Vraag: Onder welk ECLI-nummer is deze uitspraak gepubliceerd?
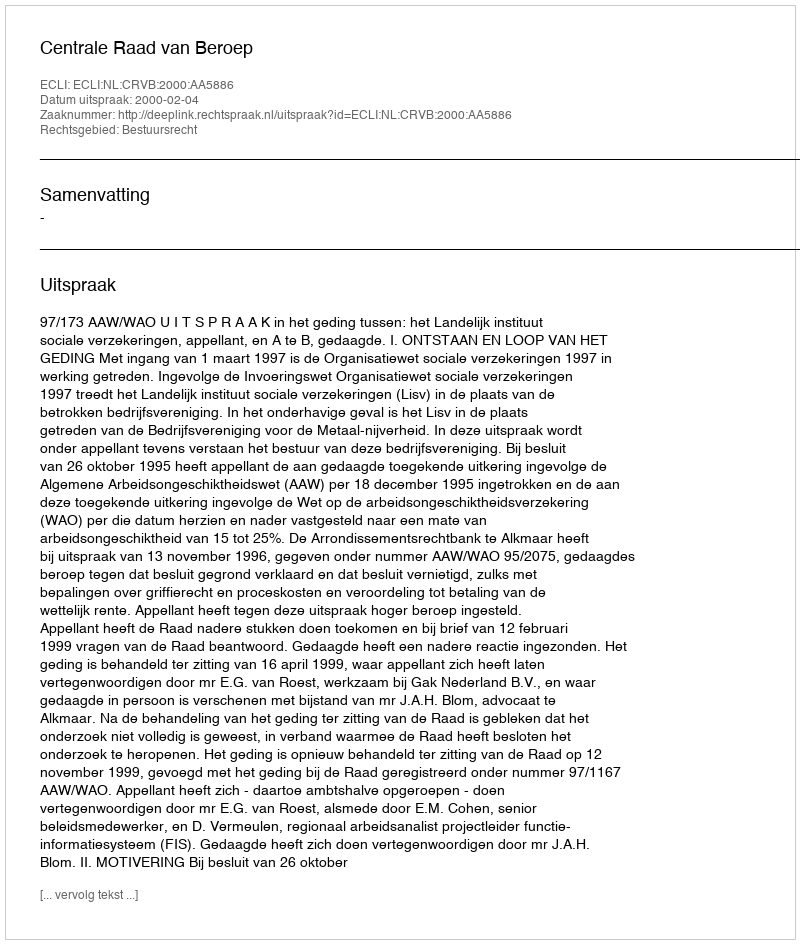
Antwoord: ECLI:NL:CRVB:2000:AA5886